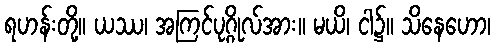
ရဟန်းတို့။ ယဿ၊ အကြင်ပုဂ္ဂိုလ်အား။ မယိ၊ ငါ၌။ သိနေဟော၊